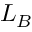
L _ { B }